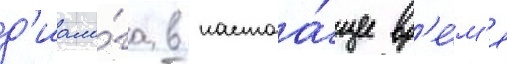
д'иало́га в настоа́щее вр'е́м'я